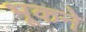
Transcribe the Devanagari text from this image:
भूकने